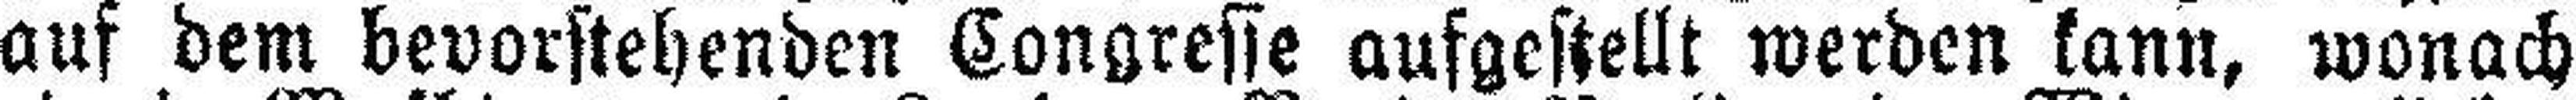
auf dem bevorstehenden Congresse aufgestellt werden kann, wonach